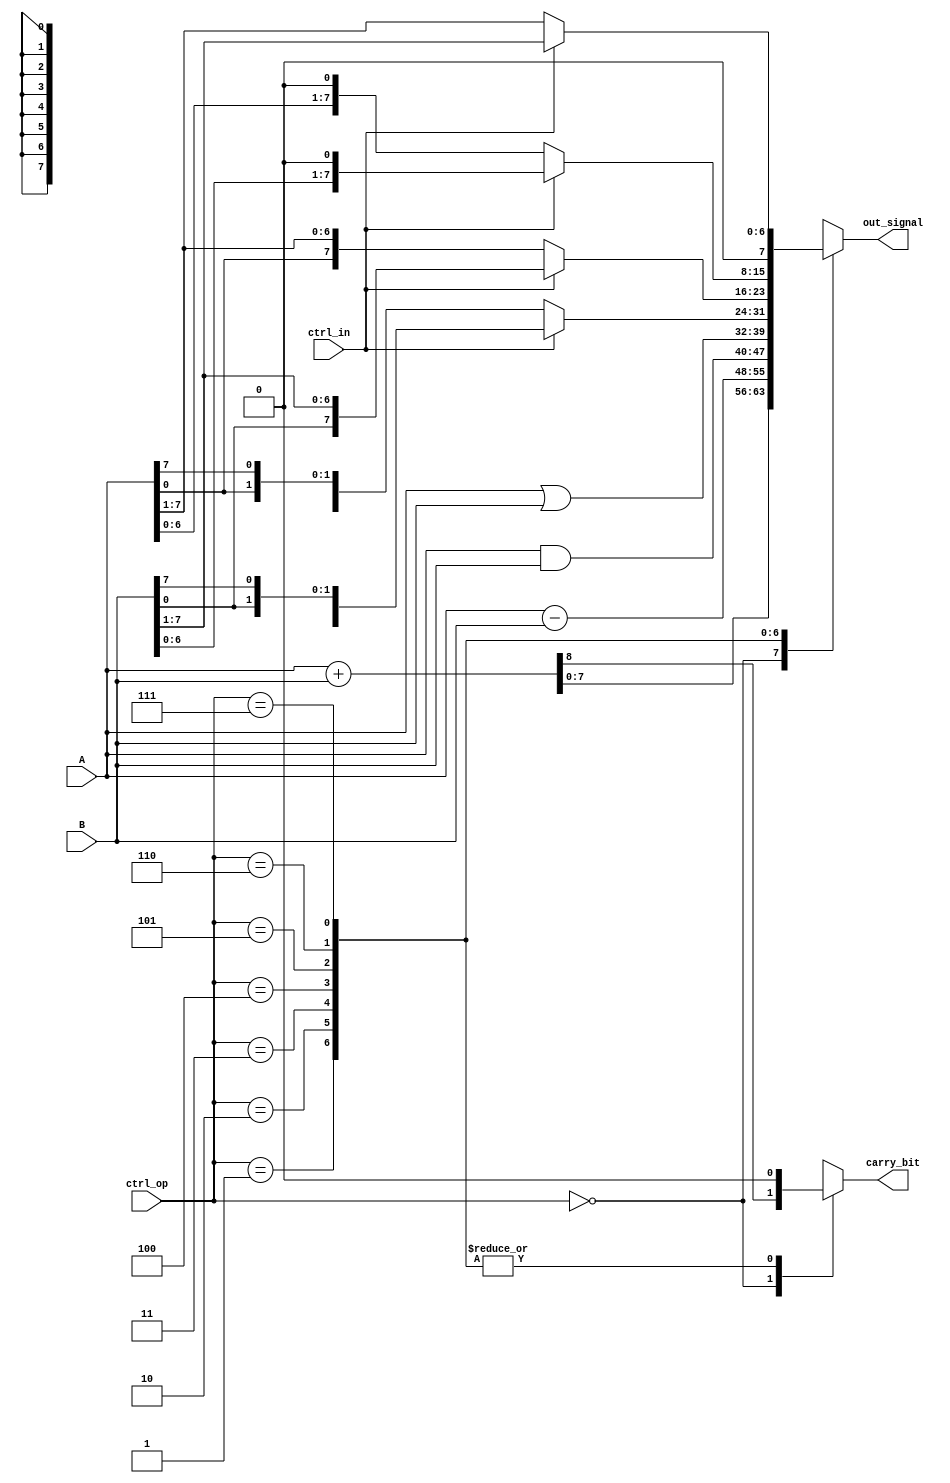
module alu(A,B,ctrl_op,ctrl_in,out_signal,carry_bit);
  input [7:0] A,B;
  input [2:0] ctrl_op;
  input ctrl_in;
  output reg [7:0] out_signal;
  output reg carry_bit;
  
  always @(A or B or ctrl_op or ctrl_in)
  begin
    carry_bit = 0;
    case(ctrl_op)
      3'b000:{carry_bit, out_signal} = A + B;
      3'b001: out_signal = A - B;
      3'b010: out_signal = A & B;
      3'b011: out_signal = A | B;
      3'b100: out_signal = ctrl_in ? {B[6:0],B[7]} : {A[6:0],A[7]};
      3'b101: out_signal = ctrl_in ? {B[0],B[7:1]} : {A[0],A[7:1]};
      3'b110: out_signal = ctrl_in ? B[7:0] << 1'b1: A[7:0] << 1'b1;
      3'b111: out_signal = ctrl_in ? B[7:0] >> 1'b1 : A[7:0] >> 1'b1; 
      default: out_signal = 0; 
      endcase
  end
endmodule